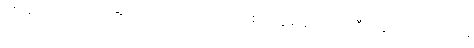
လို့အမဲသား ခေါက်ဆွဲရောင်းသူ သာဝတ် ကစ်ဂ်ျကွန် နာဆက်တီယန် ကပြောတယ်။